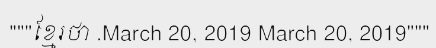
"""ខ្មែរថា .March 20, 2019 March 20, 2019"""